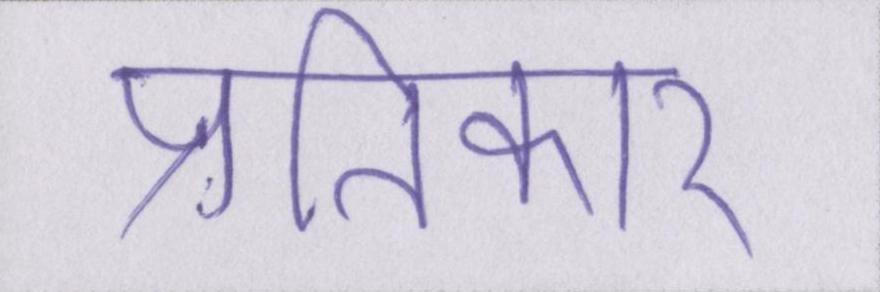
प्रतिकार